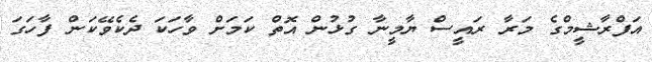
އަފްރާޝީމްގެ މަރާ ރައީސް ޔާމީނާ ގުޅުން އޮތް ކަމަށް ވާހަކަ ދެކެވޭކަން ފާހަގަ